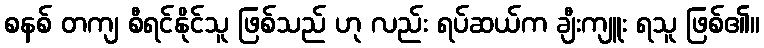
စနစ် တကျ စီရင်နိုင်သူ ဖြစ်သည် ဟု လည်း ရပ်ဆယ်က ချီးကျူး ရသူ ဖြစ်၏။